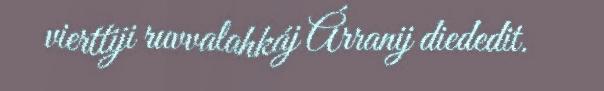
vierttiji ruvvalahkáj Árranij diededit.